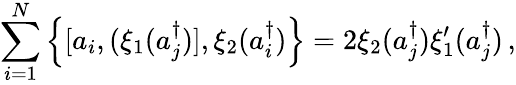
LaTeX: \sum_{i=1}^{N}\left\{ [a_{i},(\xi_{1}(a_{j}^{\dagger})],\xi_{2}(a_{i}^{\dagger})\right\} =2\xi_{2}(a_{j}^{\dagger})\xi_{1}^{\prime}(a_{j}^{\dagger})\, ,